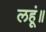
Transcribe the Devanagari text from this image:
लहूं॥